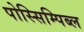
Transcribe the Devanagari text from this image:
पोस्सिम्पिब्ल